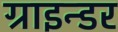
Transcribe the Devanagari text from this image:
ग्राइन्डर